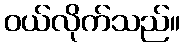
ဝယ်လိုက်သည်။